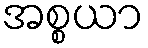
အစ္စယာ